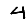
Digit: 4